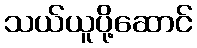
သယ်ယူပို့ဆောင်